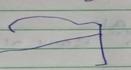
Signature authenticity: forged